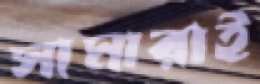
সামারাই